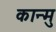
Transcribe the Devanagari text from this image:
कान्मु